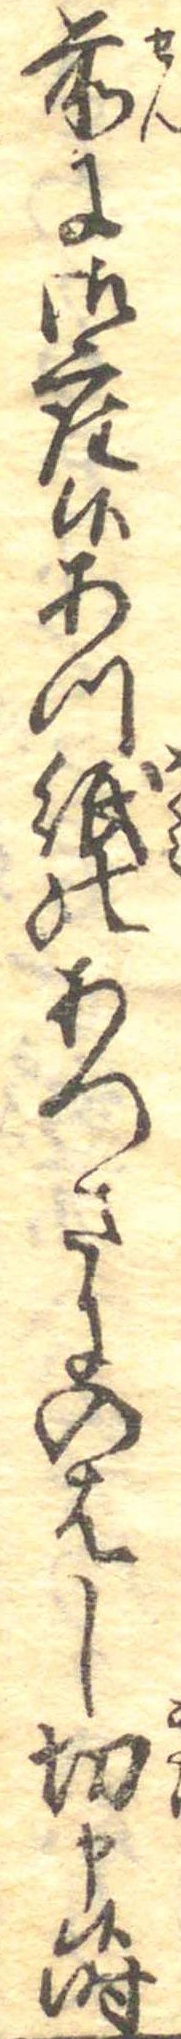
前に御座候あつ紙のあつさにのはし切申候時